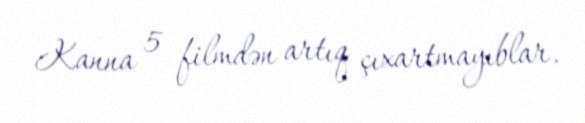
Kanna 5 filmdən artıq çıxartmayıblar.